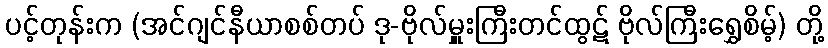
ပင့်တုန်းက (အင်ဂျင်နီယာစစ်တပ် ဒု-ဗိုလ်မှူးကြီးတင်ထွဋ် ဗိုလ်ကြီးရွှေစိမ့်) တို့